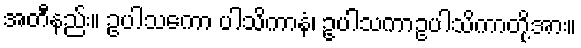
အတီနည်း။ ဥပါသကော ပါသိကာနံ၊ ဥပါသကာဥပါသိကာတို့အား။